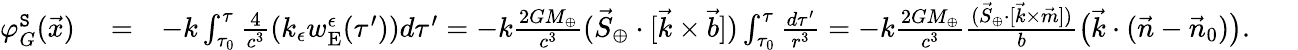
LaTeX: \begin{array}{rlr}{\varphi_{G}^{\tt S}(\vec{x})}&{{}=}&{-k\int_{\tau_{0}}^{\tau}\frac{4}{c^{3}}(k_{\epsilon}w_{\mathrm{E}}^{\epsilon}(\tau^{\prime}))d\tau^{\prime}=-k\frac{2GM_{\oplus}}{c^{3}}({\vec{S}}_{\oplus}\cdot[{\vec{k}}\times\vec{b}])\int_{\tau_{0}}^{\tau}\frac{d\tau^{\prime}}{r^{3}}=-k\frac{2GM_{\oplus}}{c^{3}}\frac{({\vec{S}}_{\oplus}\cdot[{\vec{k}}\times\vec{m}])}{b}\big(\vec{k}\cdot(\vec{n}-\vec{n}_{0})\big).~~~~~~}\end{array}